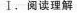
Ⅰ,阅读理解